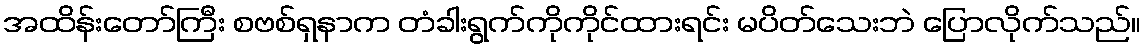
အထိန်းတော်ကြီး စဗစ်ရှနာက တံခါးရွက်ကိုကိုင်ထားရင်း မပိတ်သေးဘဲ ပြောလိုက်သည်။